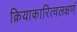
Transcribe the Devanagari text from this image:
क्रियाकारित्वलक्षणं